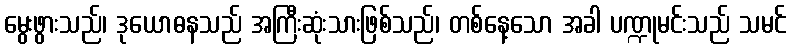
မွေးဖွားသည်၊ ဒုယောဓနသည် အကြီးဆုံးသားဖြစ်သည်၊ တစ်နေ့သော အခါ ပဏ္ဍုမင်းသည် သမင်